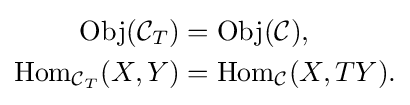
{\begin{aligned}\mathrm {Obj} ({{\mathcal {C}}_{T}})&=\mathrm {Obj} ({\mathcal {C}}),\\\mathrm {Hom} _{{\mathcal {C}}_{T}}(X,Y)&=\mathrm {Hom} _{\mathcal {C}}(X,TY).\end{aligned}}